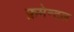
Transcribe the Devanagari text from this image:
फ्रमेन्टल